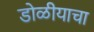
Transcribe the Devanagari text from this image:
डोळीयाचा